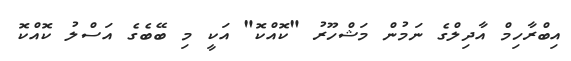
އިބްރާހިމް އާދިލްގެ ނަމުން މަޝްހޫރު "ކޮއްކޮ" އަކީ މި ބޭބެގެ އަސްލު ކޮއްކޮ